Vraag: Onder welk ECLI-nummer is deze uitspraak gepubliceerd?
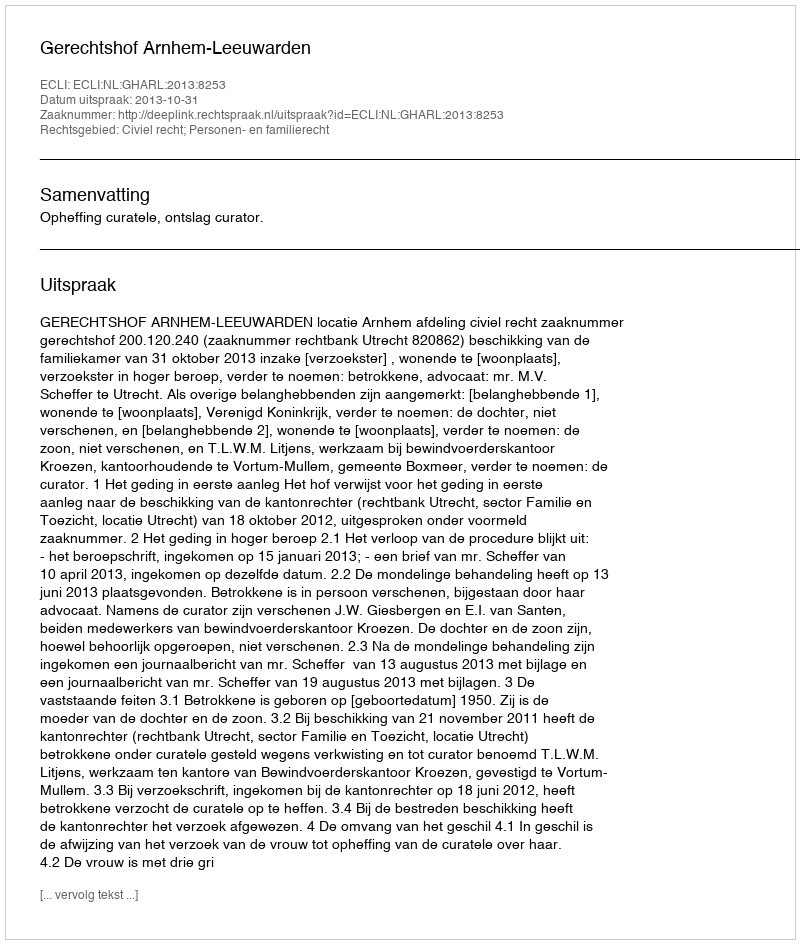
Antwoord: ECLI:NL:GHARL:2013:8253